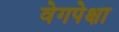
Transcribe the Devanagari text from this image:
वेगपेक्षा